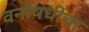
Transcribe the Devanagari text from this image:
वनौषधींचा